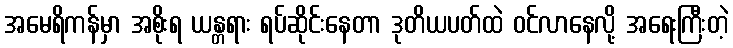
အမေရိကန်မှာ အစိုးရ ယန္တရား ရပ်ဆိုင်းနေတာ ဒုတိယပတ်ထဲ ဝင်လာနေလို့ အရေးကြီးတဲ့